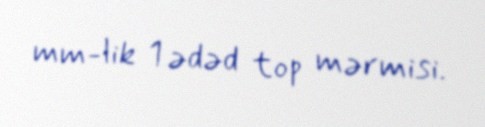
mm-lik 1 ədəd top mərmisi.